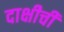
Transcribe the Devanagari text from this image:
दाक्षीची